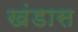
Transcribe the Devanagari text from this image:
खंडास